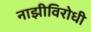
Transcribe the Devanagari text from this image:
नाझीविरोधी